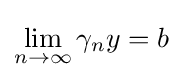
\lim _{n\to \infty }\gamma _{n}y=b